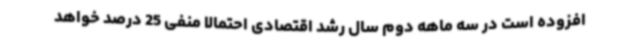
افزوده است در سه ماهه دوم سال رشد اقتصادی احتمالا منفی 25 درصد خواهد